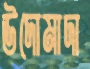
উদোমাদা